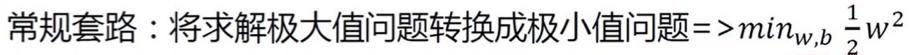
常规套路：将求解极大值问题转换成极小值问题$=>min_{w,b} \frac{1}{2}w^{2}$